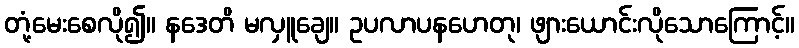
တုံ့မေးစေလို၍။ နဒေတိ မလှူချေ။ ဥပလာပနဟေတု၊ ဖျားယောင်းလိုသောကြောင့်။